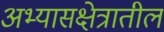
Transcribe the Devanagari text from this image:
अभ्यासक्षेत्रातील